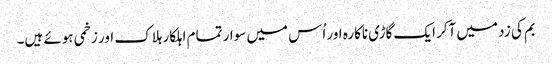
بم کی زد میں آکر ایک گاڑی ناکارہ اور اُس میں سوار تمام اہلکار ہلاک اور زخمی ہوئے ہیں۔